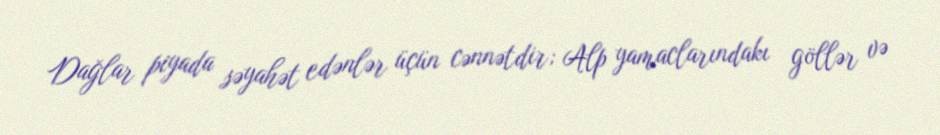
Dağlar piyada səyahət edənlər üçün cənnətdir; Alp yamaclarındakı göllər və